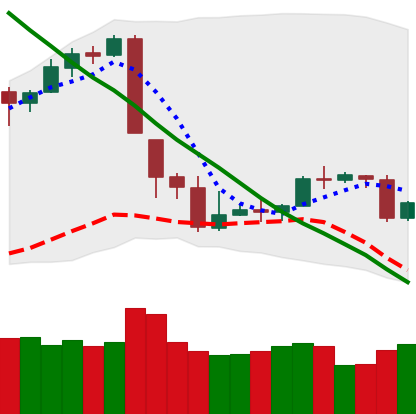
Ticker: BTC-USD
Chart end date: 2018-09-18
Forward return: 5.326%
Label: up_5_7